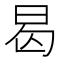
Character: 曷